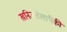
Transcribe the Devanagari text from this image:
खनिजतेलापैकी